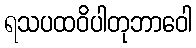
ရသပထဝိပါတုဘာဝေါ